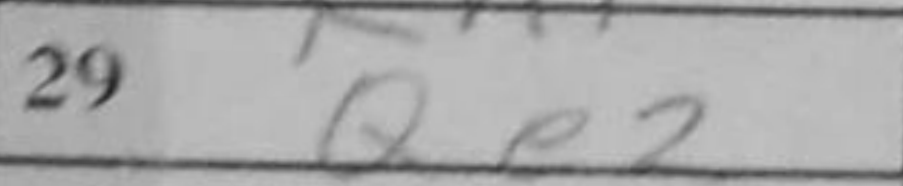
Transcription: Qe2